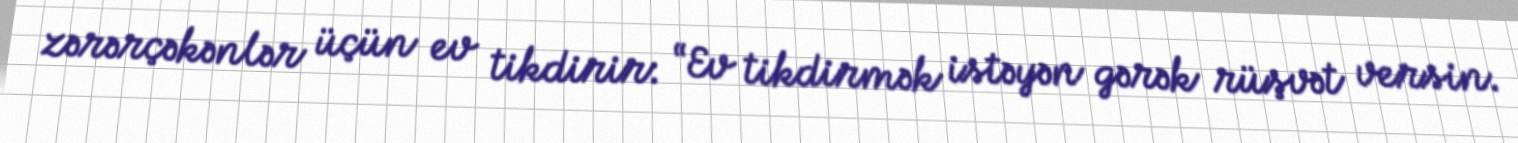
zərərçəkənlər üçün ev tikdirir: “Ev tikdirmək istəyən gərək rüşvət versin.